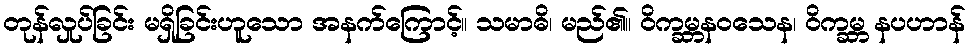
တုန်လှုပ်ခြင်း မရှိခြင်းဟူသော အနက်ကြောင့်။ သမာဓိ၊ မည်၏။ ဝိက္ခမ္ဘနဝသေန၊ ဝိက္ခမ္ဘ နပဟာန်